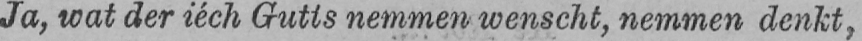
Ja, wat der iéch Gutts nemmen wenscht, nemmen denkt,